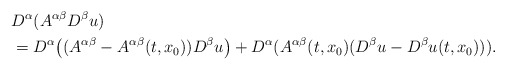
\begin{align*}&D^\alpha (A^{\alpha\beta}D^\beta u)\\&=D^\alpha \big((A^{\alpha\beta}-A^{\alpha\beta}(t,x_0))D^\beta u\big)+D^\alpha (A^{\alpha\beta}(t,x_0)(D^\beta u-D^\beta u(t,x_0))).\end{align*}